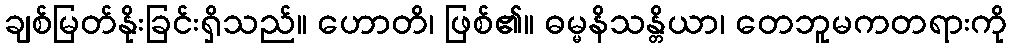
ချစ်မြတ်နိုးခြင်းရှိသည်။ ဟောတိ၊ ဖြစ်၏။ ဓမ္မနိသန္တိယာ၊ တေဘူမကတရားကို